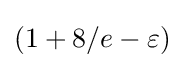
(1+8/e-\varepsilon )